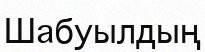
Шабуылдың